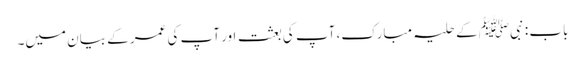
باب : نبیﷺ کے حلیہ مبارک، آپ کی بعثت اور آپ کی عمر کے بیان میں۔